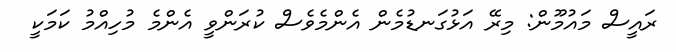
ރައީސް މައުމޫން: މިރޭ އަޅުގަނޑުމެން އެންމެވެސް ކުރަންވީ އެންމެ މުހިއްމު ކަމަކީ